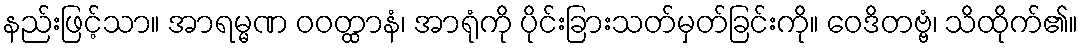
နည်းဖြင့်သာ။ အာရမ္မဏ ဝဝတ္ထာနံ၊ အာရုံကို ပိုင်းခြားသတ်မှတ်ခြင်းကို။ ဝေဒိတဗ္ဗံ၊ သိထိုက်၏။